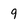
Character: 9